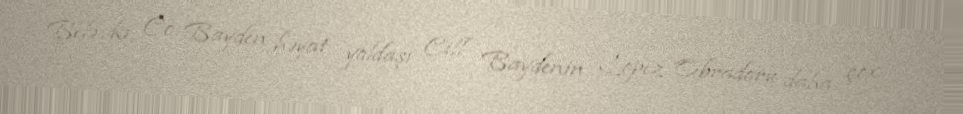
Belə ki, Co Bayden həyat yoldaşı Cill Baydenin Lopez Obradoru daha çox